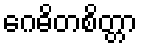
ဂေဓိတစိတ္တာ